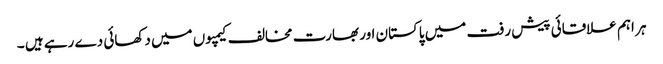
ہر اہم علاقائی پیش رفت میں پاکستان اور بھارت مخالف کیمپوں میں دکھائی دے رہے ہیں ۔